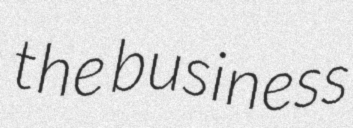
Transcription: the business